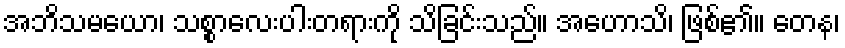
အဘိသမယော၊ သစ္စာလေးပါးတရားကို သိခြင်းသည်။ အဟောသိ၊ ဖြစ်၏။ တေန၊